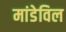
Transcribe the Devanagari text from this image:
मांडेविल